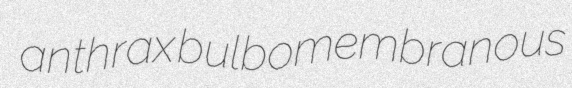
anthrax bulbomembranous